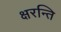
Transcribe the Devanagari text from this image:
क्षरन्ति